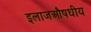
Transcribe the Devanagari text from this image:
इलाजऔषधीय